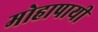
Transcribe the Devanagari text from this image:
मोहापायी